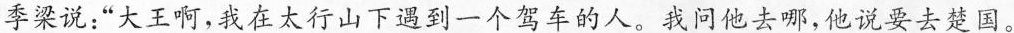
季梁说：”大王啊，我在太行山下遇到一个驾车的人。我问他去哪，他说要去楚国。